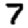
Digit: 7